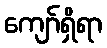
ကျော်ရှိရာ